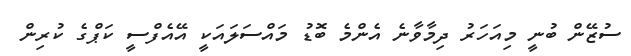
ސުޒޭން ބުނީ މިއަހަރު ދިމާވާނެ އެންމެ ބޮޑު މައްސަލައަކީ އޭއެފްސީ ކަޕްގެ ކުރިން